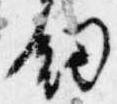
剣